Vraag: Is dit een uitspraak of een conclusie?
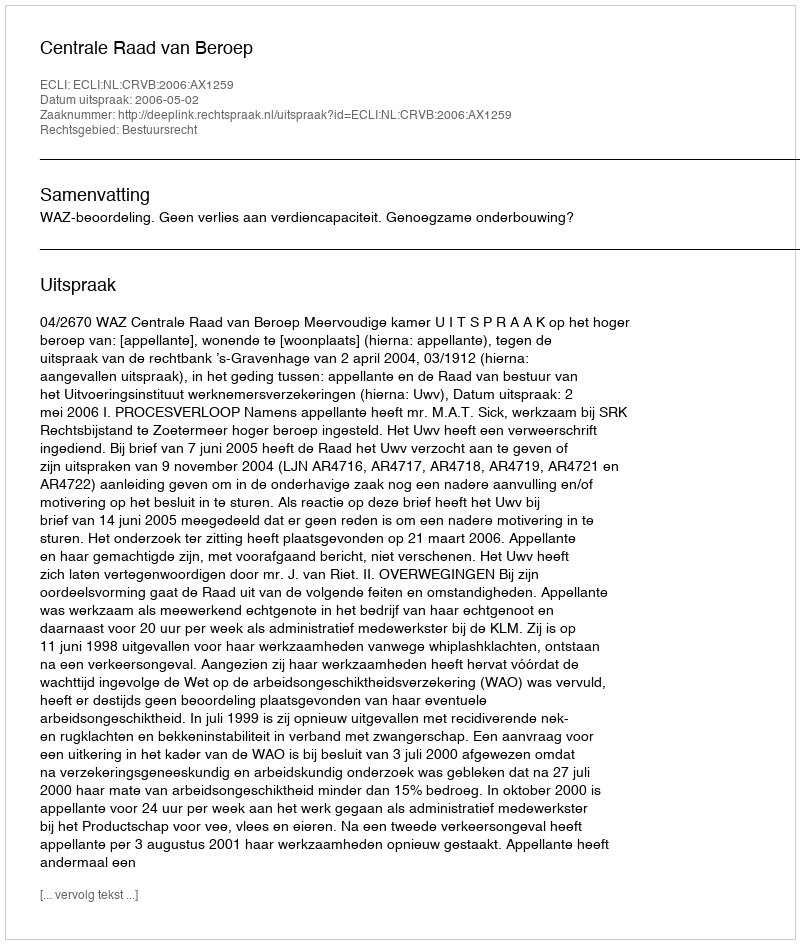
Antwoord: Uitspraak